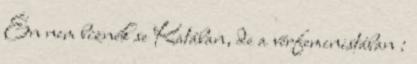
Én nem bíznék se Katában, de a vérfeministában :